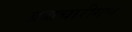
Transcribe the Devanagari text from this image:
ब्रह्मचारीगण